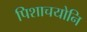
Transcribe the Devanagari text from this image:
पिशाचयोनि